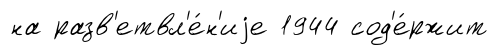
на разв'етвл'е́н'иjе 1944 сод'е́ржит